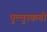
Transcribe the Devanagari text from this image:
पुल्तुस्कची